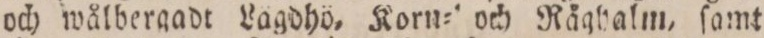
och wålbergadt Lägdhö, Korn= och Råghalm, ſamt